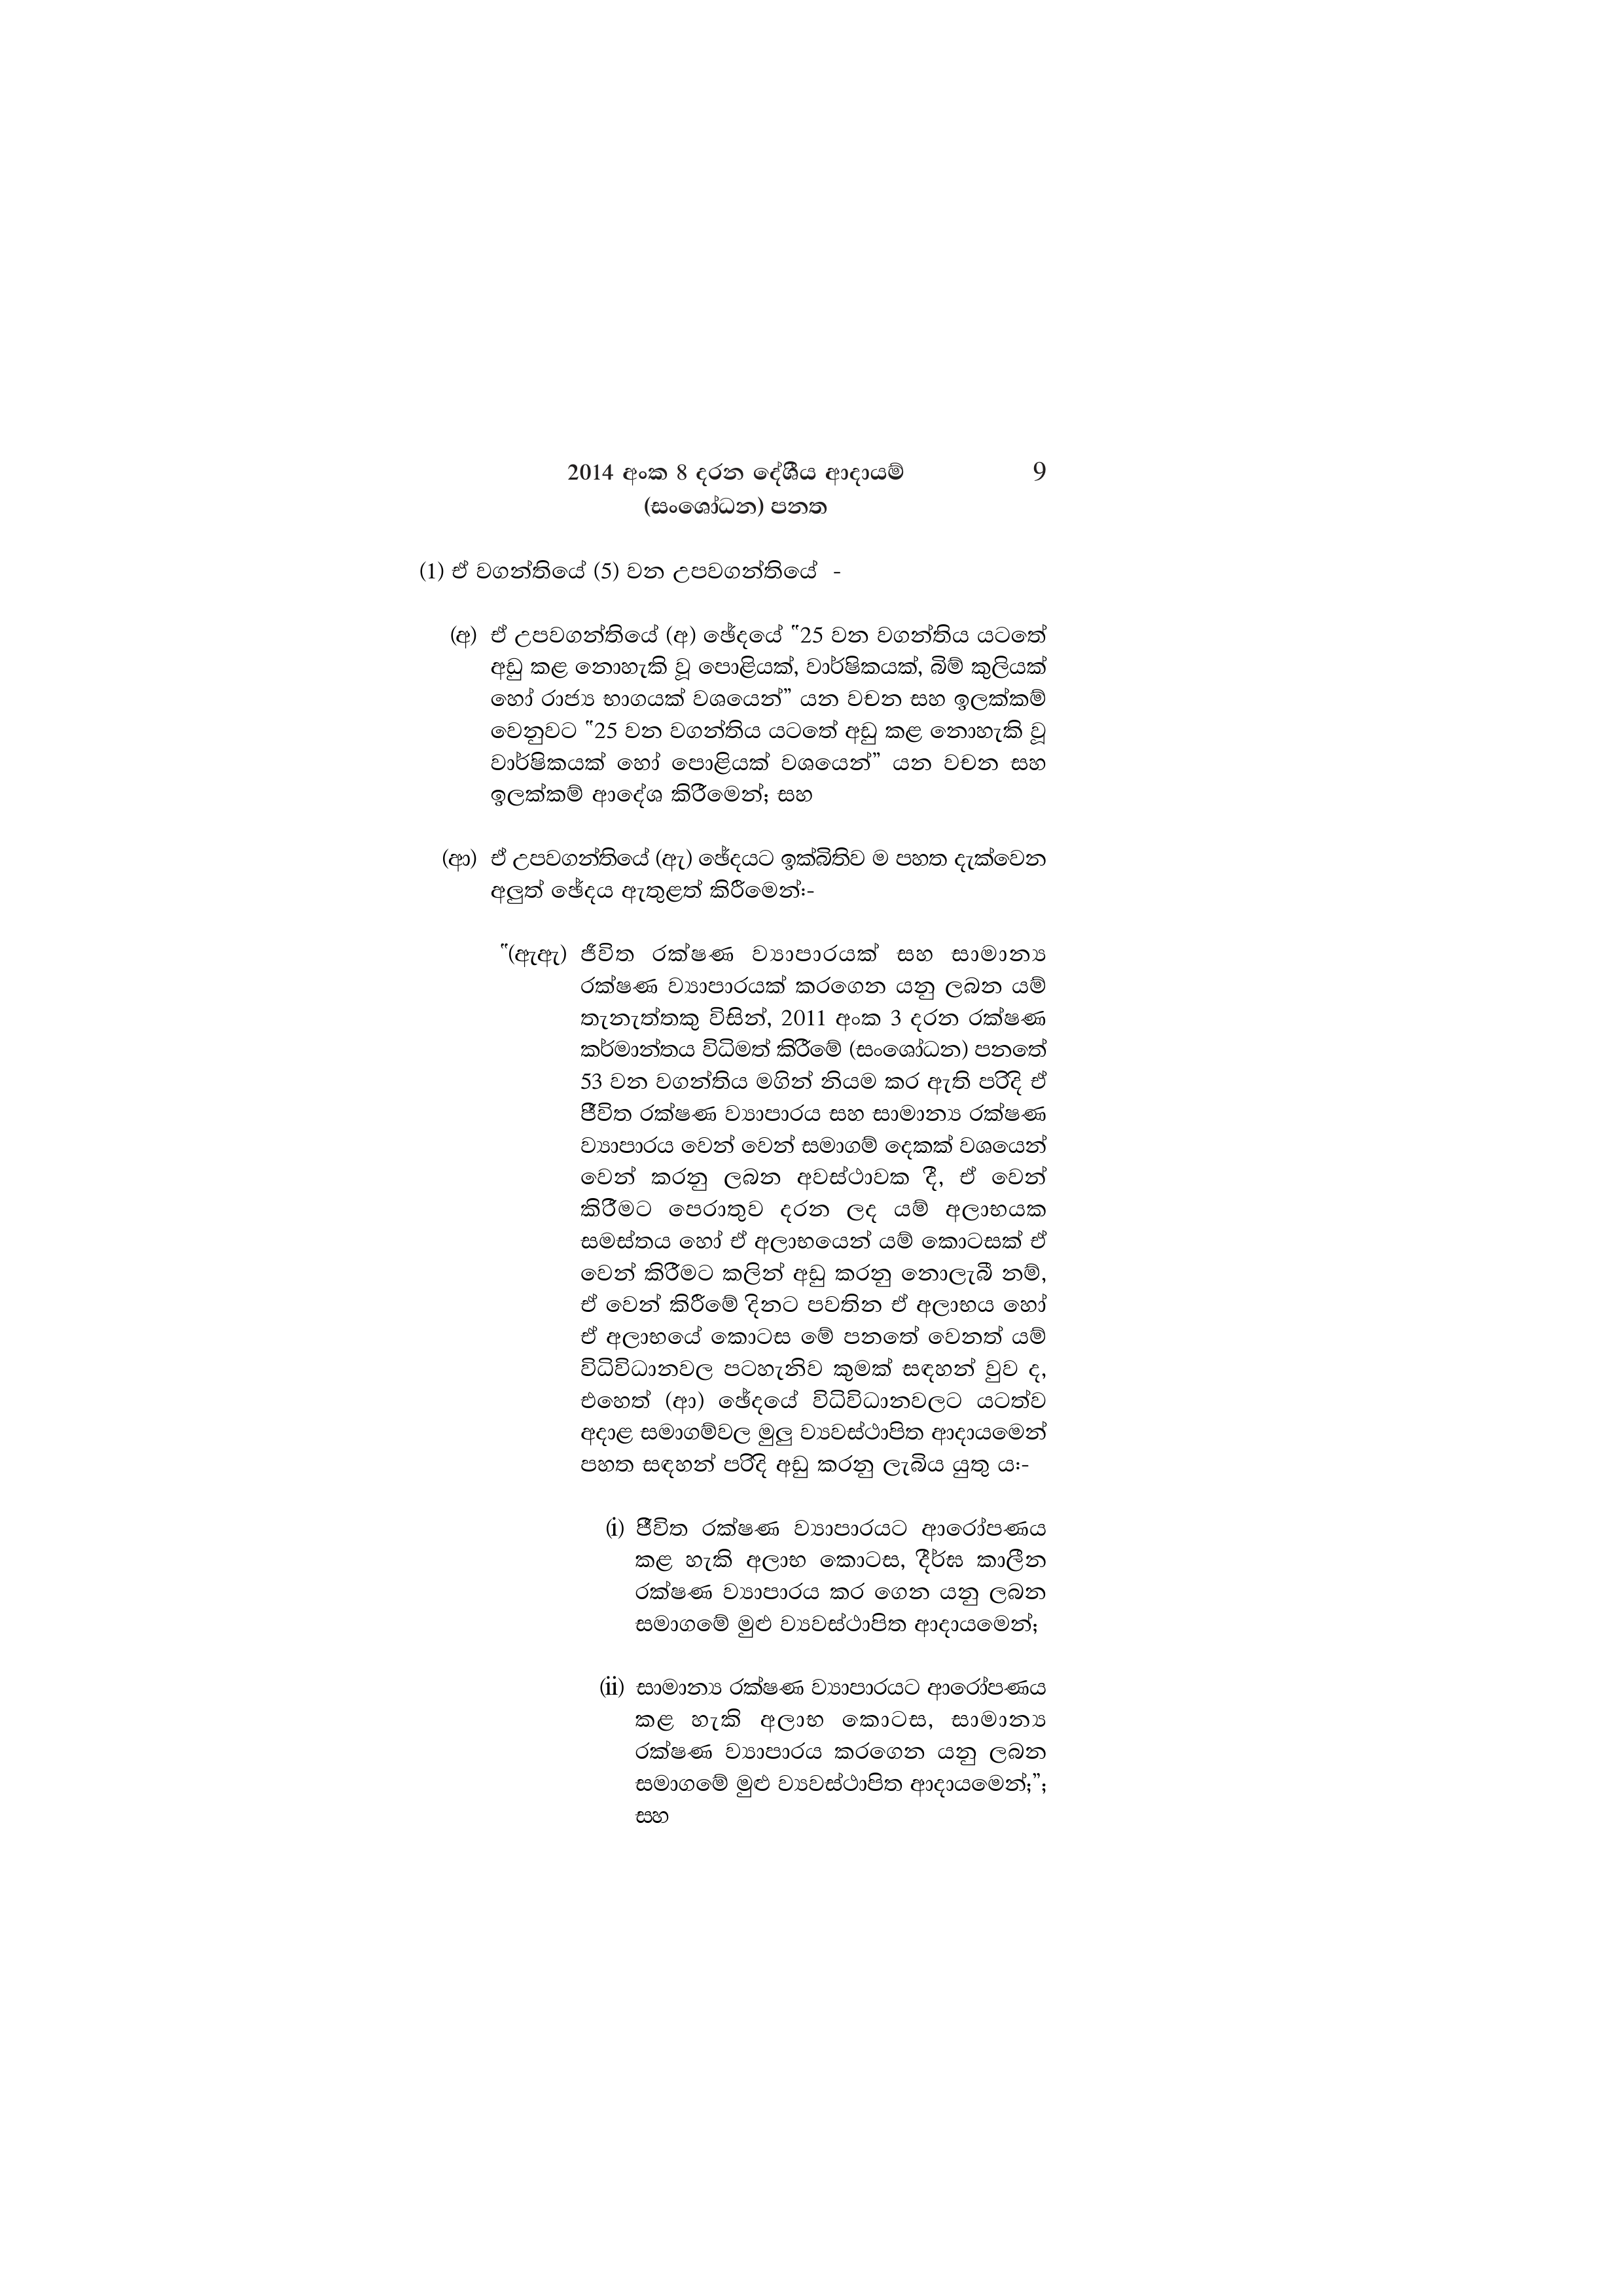
2014 අංක 8 දරන දේශීය ආදායම් 9
(සංශෝධන) පනත

(1) ඒ වගන්තියේ (5) වන උපවගන්තියේ

(අ) ඒ උපවගන්තියේ (අ) ඡේදයේ "25 වන වගන්තිය යටතේ
අඩු කළ නොහැකි වූ පොළියක්, වාර්ෂිකයක්, බිම් කුලියක්
හෝ රාජ්‍ය භාගයක් වශයෙන්” යන වචන සහ ඉලක්කම්
වෙනුවට "25 වන වගන්තිය යටතේ අඩු කළ නොහැකි වූ
වාර්ෂිකයක් හෝ පොළියක් වශයෙන්” යන වචන සහ
ඉලක්කම් ආදේශ කිරීමෙන්; සහ

(ආ) ඒ උපවගන්තියේ (ඇ) ඡේදයට ඉක්බිතිව ම පහත දැක්වෙන
අලුත් ඡේදය ඇතුළත් කිරීමෙන්:-

"(ඇඇ) ජීවිත රක්ෂණ ව්‍යාපාරයක් සහ සාමාන්‍ය
රක්ෂණ ව්‍යාපාරයක් කරගෙන යනු ලබන යම්
තැනැත්තකු විසින්, 2011 අංක 3 දරන රක්ෂණ
කර්මාන්තය විධිමත් කිරීමේ (සංශෝධන) පනතේ
53 වන වගන්තිය මගින් නියම කර ඇති පරිදි ඒ
ජීවිත රක්ෂණ ව්‍යාපාරය සහ සාමාන්‍ය රක්ෂණ
ව්‍යාපාරය වෙන් වෙන් සමාගම් දෙකක් වශයෙන්
වෙන් කරනු ලබන අවස්ථාවක දී, ඒ වෙන්
කිරීමට පෙරාතුව දරන ලද යම් අලාභයක
සමස්තය හෝ ඒ අලාභයෙන් යම් කොටසක් ඒ
වෙන් කිරීමට කලින් අඩු කරනු නොලැබී නම්,
ඒ වෙන් කිරීමේ දිනට පවතින ඒ අලාභය හෝ
ඒ අලාභයේ කොටස මේ පනතේ වෙනත් යම්
විධිවිධානවල පටහැනිව කුමක් සඳහන් වුව ද,
එහෙත් (ආ) ඡේදයේ විධිවිධානවලට යටත්ව
අදාළ සමාගම්වල මුලු ව්‍යවස්ථාපිත ආදායමෙන්
පහත සඳහන් පරිදි අඩු කරනු ලැබිය යුතු ය:-

(i) ජීවිත රක්ෂණ ව්‍යාපාරයට ආරෝපණය
කළ හැකි අලාභ කොටස, දීර්ඝ කාලීන
රක්ෂණ ව්‍යාපාරය කර ගෙන යනු ලබන
සමාගමේ මුළු ව්‍යවස්ථාපිත ආදායමෙන්;

(ii) සාමාන්‍ය රක්ෂණ ව්‍යාපාරයට ආරෝපණය
කළ හැකි අලාභ කොටස, සාමාන්‍ය
රක්ෂණ ව්‍යාපාරය කරගෙන යනු ලබන
සමාගමේ මුළු ව්‍යවස්ථාපිත ආදායමෙන්;";
සහ